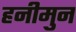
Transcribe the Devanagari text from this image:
हनीमुन